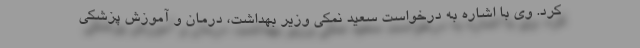
کرد. وی با اشاره به درخواست سعید نمکی وزیر بهداشت، درمان و آموزش پزشکی